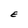
Character: E